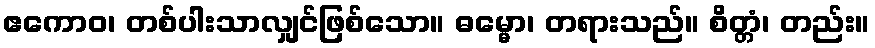
ဧကောဝ၊ တစ်ပါးသာလျှင်ဖြစ်သော။ ဓမ္မော၊ တရားသည်။ စိတ္တံ၊ တည်း။